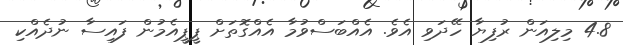
4.8 މިލިއަން ރުފިޔާ ހޭދަވި އެވެ. އެއްބަސްވުމާ އެއްގޮތަށް ޕީޕީއެމުން ފައިސާ ނުދެއްކި